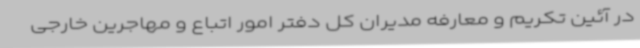
در آئین تکریم و معارفه مدیران کل دفتر امور اتباع و مهاجرین خارجی